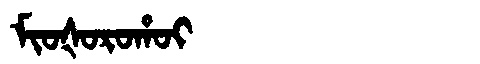
Manchu: ᠮᡳᠣᡧᠣᡵᠣᡥᠣᡳ
Romanization: MIOŠOROHOI